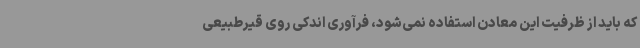
که باید از ظرفیت این معادن استفاده نمی‌شود، فرآوری اندکی روی قیرطبیعی